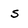
Character: s